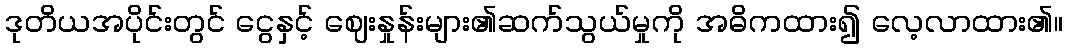
ဒုတိယအပိုင်းတွင် ငွေနှင့် ဈေးနှုန်းများ၏ဆက်သွယ်မှုကို အဓိကထား၍ လေ့လာထား၏။